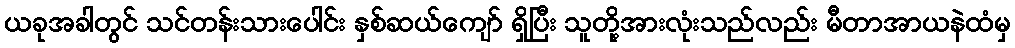
ယခုအခါတွင် သင်တန်းသားပေါင်း နှစ်ဆယ်ကျော် ရှိပြီး သူတို့အားလုံးသည်လည်း မီတာအာယနဲထံမှ